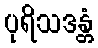
ပုရိသဒန္တံ